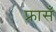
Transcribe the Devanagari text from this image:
फ्रासँ